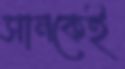
সানকেই